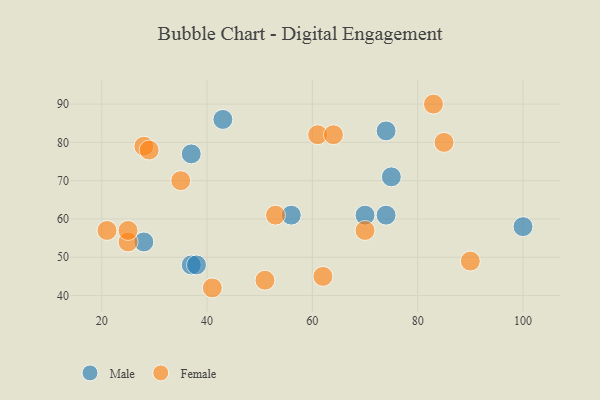
{"axis": {"x": "GDP", "y": "Life Expectancy"}, "legend": ["Female", "Male"], "data": [{"x": "43", "y": 86, "type": "Male"}, {"x": "70", "y": 61, "type": "Male"}, {"x": "56", "y": 61, "type": "Male"}, {"x": "74", "y": 61, "type": "Male"}, {"x": "28", "y": 54, "type": "Male"}, {"x": "74", "y": 83, "type": "Male"}, {"x": "37", "y": 48, "type": "Male"}, {"x": "75", "y": 71, "type": "Male"}, {"x": "100", "y": 58, "type": "Male"}, {"x": "37", "y": 77, "type": "Male"}, {"x": "38", "y": 48, "type": "Male"}, {"x": "61", "y": 82, "type": "Female"}, {"x": "85", "y": 80, "type": "Female"}, {"x": "35", "y": 70, "type": "Female"}, {"x": "51", "y": 44, "type": "Female"}, {"x": "41", "y": 42, "type": "Female"}, {"x": "25", "y": 54, "type": "Female"}, {"x": "90", "y": 49, "type": "Female"}, {"x": "25", "y": 57, "type": "Female"}, {"x": "28", "y": 79, "type": "Female"}, {"x": "70", "y": 57, "type": "Female"}, {"x": "21", "y": 57, "type": "Female"}, {"x": "64", "y": 82, "type": "Female"}, {"x": "29", "y": 78, "type": "Female"}, {"x": "83", "y": 90, "type": "Female"}, {"x": "53", "y": 61, "type": "Female"}, {"x": "62", "y": 45, "type": "Female"}]}